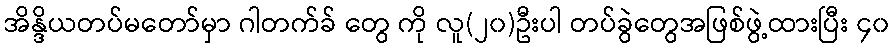
အိန္ဒိယတပ်မတော်မှာ ဂါတက်ခ် တွေ ကို လူ(၂၀)ဦးပါ တပ်ခွဲတွေအဖြစ်ဖွဲ့ထားပြီး ၄၀